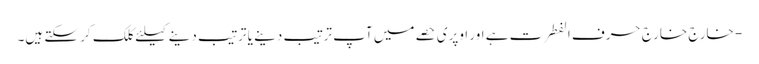
- خارج خارج حرف الفطرت ہے اور اوپری حصے میں آپ ترتیب دینے یا ترتیب دینے کیلئے کلک کر سکتے ہیں۔